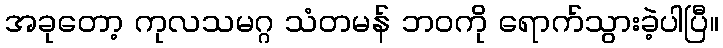
အခုတော့ ကုလသမဂ္ဂ သံတမန် ဘဝကို ရောက်သွားခဲ့ပါပြီ။